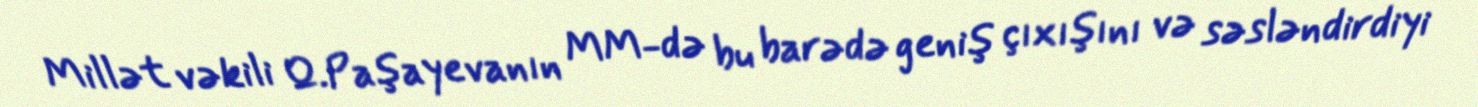
Millət vəkili Q.Paşayevanın MM-də bu barədə geniş çıxışını və səsləndirdiyi